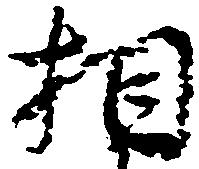
相